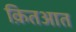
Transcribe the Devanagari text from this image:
क़ितआत